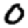
Digit: 0